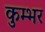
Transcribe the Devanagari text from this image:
कुम्भर